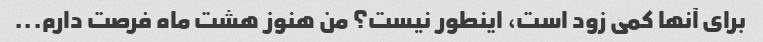
برای آنها کمی زود است، اینطور نیست؟ من هنوز هشت ماه فرصت دارم...